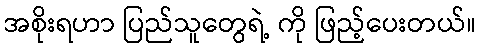
အစိုးရဟာ ပြည်သူတွေရဲ့ ကို ဖြည့်ပေးတယ်။